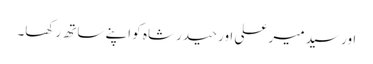
اور سید میر علی اور حیدر شاہ کو اپنے ساتھ رکھا۔